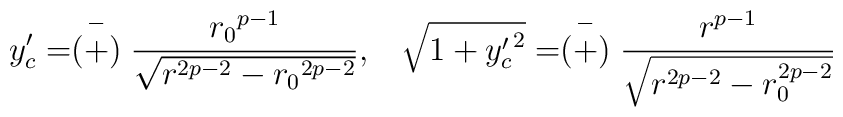
y^{\prime}_c = \stackrel{-}{(+)} \frac{{r_0}^{p-1}}{\sqrt{r^{2p-2} - {r_0}^{2p-2}}},\;\;\;\sqrt{1+{y^{\prime}_c}^2}=\stackrel{-}{(+)}\frac{r^{p-1}}{\sqrt{r^{2p-2}-r_0^{2p-2}}}